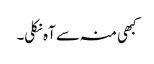
کبھی منہ سے آہ نکلی۔